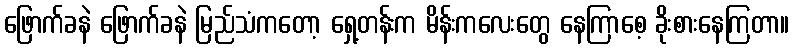
ဖြောက်ခနဲ ဖြောက်ခနဲ မြည်သံကတော့ ရှေ့တန်းက မိန်းကလေးတွေ နေကြာစေ့ ခိုးစားနေကြတာ။